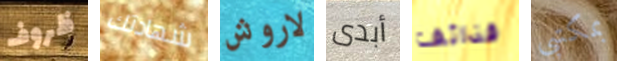
ظروف شهادتك لاروش أبدى قذائف بمكتبي